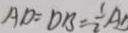
A D = D B = \frac { 1 } { 2 } A